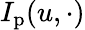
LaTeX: I_{\mathrm{p}}(u,\cdot)